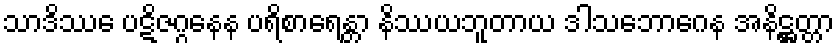
သာဒိဿေ ပဋိဇဂ္ဂနေန ပရိစာရေန္တာ နိဿယဘူတာယ ဒါသဘောဂေန အနိဋ္ဌတ္တာ